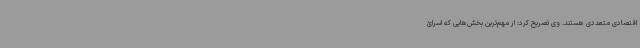
اقتصادی متعددی هستند. وی تصریح کرد: از مهم‌ترین بخش‌هایی که اسرائ